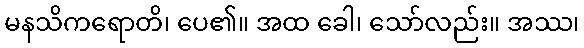
မနသိကရောတိ၊ ပေ၏။ အထ ခေါ၊ သော်လည်း။ အဿ၊